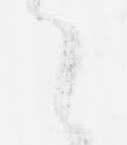
之